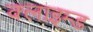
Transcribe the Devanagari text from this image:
क्लाइम्ड